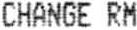
CHANGE RM